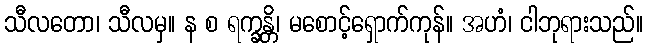
သီလတော၊ သီလမှ။ န စ ရက္ခန္တိ၊ မစောင့်ရှောက်ကုန်။ အဟံ၊ ငါဘုရားသည်။